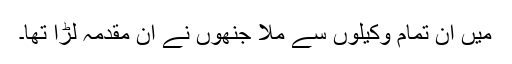
میں ان تمام وکیلوں سے ملا جنھوں نے ان مقدمہ لڑا تھا۔